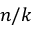
n / k